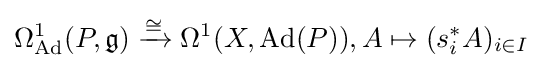
\Omega _{\operatorname {Ad} }^{1}(P,{\mathfrak {g}})\xrightarrow {\cong } \Omega ^{1}(X,\operatorname {Ad} (P)),A\mapsto (s_{i}^{*}A)_{i\in I}